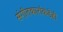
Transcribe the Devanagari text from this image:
संगीतकारांकडेही